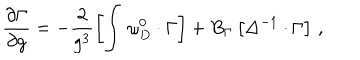
LaTeX: \frac { \partial \Gamma } { \partial g } = - \frac 2 { g ^ { 3 } } \left[ \int \, \omega _ { D } ^ { 0 } \cdot \Gamma \right] + B _ { \Gamma } \left[ \Delta ^ { - 1 } \cdot \Gamma \right] \, ,